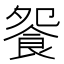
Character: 𩚴